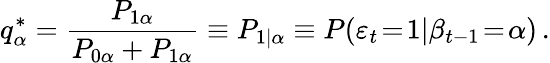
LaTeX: q_{\alpha}^{*}=\frac{P_{1\alpha}}{P_{0\alpha}+P_{1\alpha}}\equiv P_{1|\alpha}\equiv P(\varepsilon_{t}\! =\! 1|\beta_{t-1}\! =\! \alpha)\, .